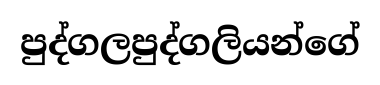
පුද්ගලපුද්ගලියන්ගේ